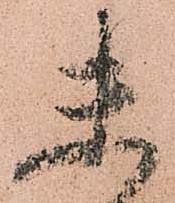
末